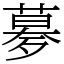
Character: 㱳